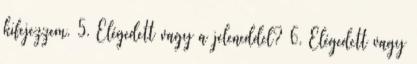
kifejezzem. 5. Elégedett vagy a jeleneddel? 6. Elégedett vagy